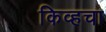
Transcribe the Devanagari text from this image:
किव्हचा